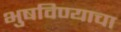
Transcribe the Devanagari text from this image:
भुषविण्याचा